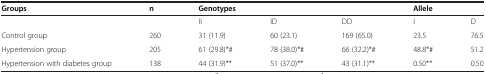
<table><thead><tr><td><b>Groups</b></td><td><b>n</b></td><td colspan="3"><b>Genotypes</b></td><td colspan="2"><b>Allele</b></td></tr></thead><tbody><tr><td> </td><td> </td><td>II</td><td>ID</td><td>DD</td><td>I</td><td>D</td></tr><tr><td>Control group</td><td>260</td><td>31 (11.9)</td><td>60 (23.1)</td><td>169 (65.0)</td><td>23.5</td><td>76.5</td></tr><tr><td>Hypertension group</td><td>205</td><td>61 (29.8)*#</td><td>78 (38.0)*#</td><td>66 (32.2)*#</td><td>48.8*#</td><td>51.2</td></tr><tr><td>Hypertension with diabetes group</td><td>138</td><td>44 (31.9)**</td><td>51 (37.0)**</td><td>43 (31.1)**</td><td>0.50**</td><td>0.50</td></tr></tbody></table>